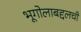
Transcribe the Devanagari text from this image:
भूगोलाबद्दलची